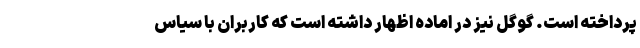
پرداخته است. گوگل نیز در اماده اظهار داشته است که کاربران با سیاس